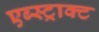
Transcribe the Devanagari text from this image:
एब्स्ट्राक्ट